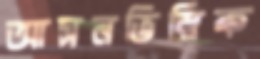
আসনভিত্তিক